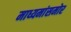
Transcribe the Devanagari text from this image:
माध्यमांसमोर